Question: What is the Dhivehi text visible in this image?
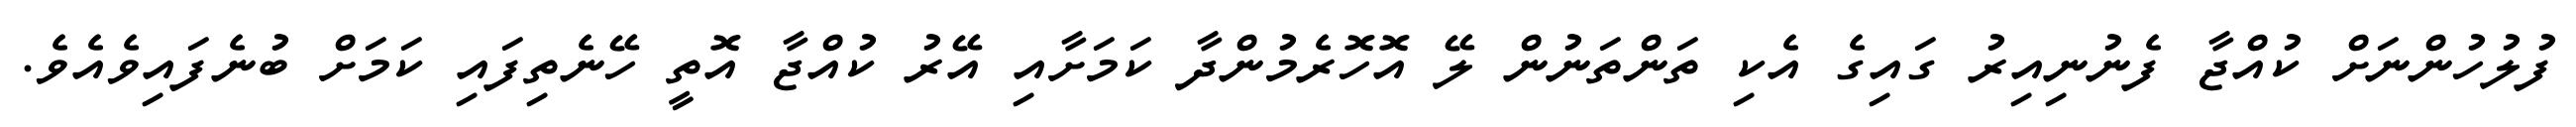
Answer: ފުލުހުންނަށް ކުއްޖާ ފެނުނިއިރު ގައިގެ އެކި ތަންތަނުން ލޭ އޮހޮރެމުންދާ ކަމަށާއި އޭރު ކުއްޖާ އޮތީ ހޭނެތިފައި ކަމަށް ބުނެފައިވެއެވެ.